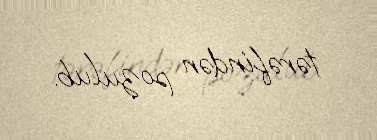
tərəfindən pozulub.